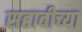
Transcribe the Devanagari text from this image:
सहावीच्या